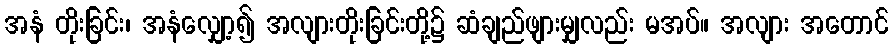
အနံ တိုးခြင်း၊ အနံလျှော့၍ အလျားတိုးခြင်းတို့၌ ဆံချည်ဖျားမျှလည်း မအပ်။ အလျား အတောင်